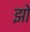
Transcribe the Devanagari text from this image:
झो